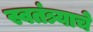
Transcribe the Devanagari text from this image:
स्वतंत्र्याचे